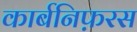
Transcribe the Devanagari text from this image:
कार्बनिफ़रस